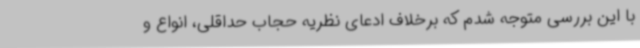
با این بررسی متوجه شدم که برخلاف ادعای نظریه حجاب حداقلی، انواع و